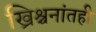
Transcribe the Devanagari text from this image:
ख्रिश्चनांतही